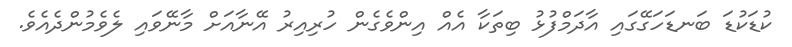
ކުޑަކުޑަ ބަނޑަހަގޭގައި އާދަމްފުޅު ބިތަކާ އެއް އިންވެގެން ހުރިއިރު އޭނާއަށް މާނޭވައި ލެވެމުންދެއެވެ.